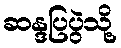
ဆန္ဒပြပွဲသို့